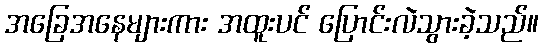
အခြေအနေများကား အထူးပင် ပြောင်းလဲသွားခဲ့သည်။